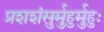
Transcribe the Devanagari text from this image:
प्रशशंसुर्मुहुर्मुहुः